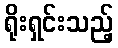
ရိုးရှင်းသည့်